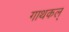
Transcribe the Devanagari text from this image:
गाथकल्